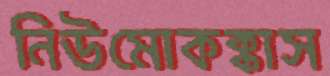
নিউমোকক্কাস